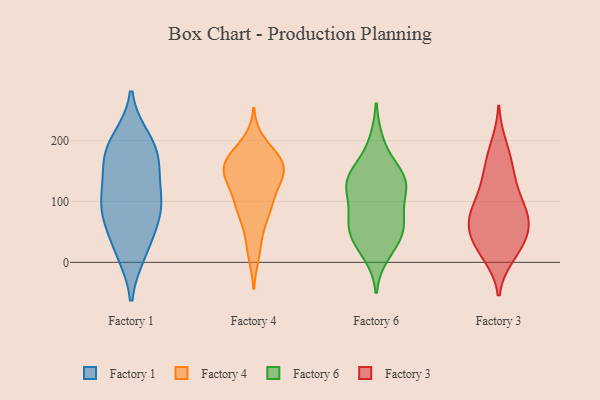
{"axis": {"x": "Churn Rate (%)", "y": "Value"}, "legend": ["Factory 1", "Factory 3", "Factory 4", "Factory 6"], "data": [{"x": "", "y": 91, "type": "Factory 1"}, {"x": "", "y": 200, "type": "Factory 1"}, {"x": "", "y": 153, "type": "Factory 1"}, {"x": "", "y": 186, "type": "Factory 1"}, {"x": "", "y": 183, "type": "Factory 1"}, {"x": "", "y": 102, "type": "Factory 1"}, {"x": "", "y": 92, "type": "Factory 1"}, {"x": "", "y": 18, "type": "Factory 1"}, {"x": "", "y": 23, "type": "Factory 1"}, {"x": "", "y": 61, "type": "Factory 1"}, {"x": "", "y": 98, "type": "Factory 1"}, {"x": "", "y": 163, "type": "Factory 1"}, {"x": "", "y": 94, "type": "Factory 4"}, {"x": "", "y": 177, "type": "Factory 4"}, {"x": "", "y": 163, "type": "Factory 4"}, {"x": "", "y": 154, "type": "Factory 4"}, {"x": "", "y": 157, "type": "Factory 4"}, {"x": "", "y": 130, "type": "Factory 4"}, {"x": "", "y": 86, "type": "Factory 4"}, {"x": "", "y": 169, "type": "Factory 4"}, {"x": "", "y": 15, "type": "Factory 4"}, {"x": "", "y": 148, "type": "Factory 4"}, {"x": "", "y": 130, "type": "Factory 4"}, {"x": "", "y": 29, "type": "Factory 4"}, {"x": "", "y": 105, "type": "Factory 4"}, {"x": "", "y": 147, "type": "Factory 4"}, {"x": "", "y": 166, "type": "Factory 4"}, {"x": "", "y": 77, "type": "Factory 4"}, {"x": "", "y": 151, "type": "Factory 4"}, {"x": "", "y": 81, "type": "Factory 4"}, {"x": "", "y": 195, "type": "Factory 4"}, {"x": "", "y": 196, "type": "Factory 6"}, {"x": "", "y": 150, "type": "Factory 6"}, {"x": "", "y": 134, "type": "Factory 6"}, {"x": "", "y": 59, "type": "Factory 6"}, {"x": "", "y": 56, "type": "Factory 6"}, {"x": "", "y": 75, "type": "Factory 6"}, {"x": "", "y": 130, "type": "Factory 6"}, {"x": "", "y": 82, "type": "Factory 6"}, {"x": "", "y": 126, "type": "Factory 6"}, {"x": "", "y": 41, "type": "Factory 6"}, {"x": "", "y": 131, "type": "Factory 6"}, {"x": "", "y": 15, "type": "Factory 6"}, {"x": "", "y": 130, "type": "Factory 6"}, {"x": "", "y": 39, "type": "Factory 6"}, {"x": "", "y": 50, "type": "Factory 3"}, {"x": "", "y": 173, "type": "Factory 3"}, {"x": "", "y": 72, "type": "Factory 3"}, {"x": "", "y": 52, "type": "Factory 3"}, {"x": "", "y": 77, "type": "Factory 3"}, {"x": "", "y": 118, "type": "Factory 3"}, {"x": "", "y": 75, "type": "Factory 3"}, {"x": "", "y": 192, "type": "Factory 3"}, {"x": "", "y": 62, "type": "Factory 3"}, {"x": "", "y": 89, "type": "Factory 3"}, {"x": "", "y": 11, "type": "Factory 3"}, {"x": "", "y": 147, "type": "Factory 3"}, {"x": "", "y": 30, "type": "Factory 3"}, {"x": "", "y": 14, "type": "Factory 3"}, {"x": "", "y": 101, "type": "Factory 3"}, {"x": "", "y": 141, "type": "Factory 3"}, {"x": "", "y": 31, "type": "Factory 3"}]}